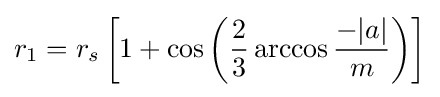
r_{1}=r_{s}\left[1+\cos \left({\frac {2}{3}}\arccos {\frac {-|a|}{m}}\right)\right]